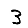
Digit: 3